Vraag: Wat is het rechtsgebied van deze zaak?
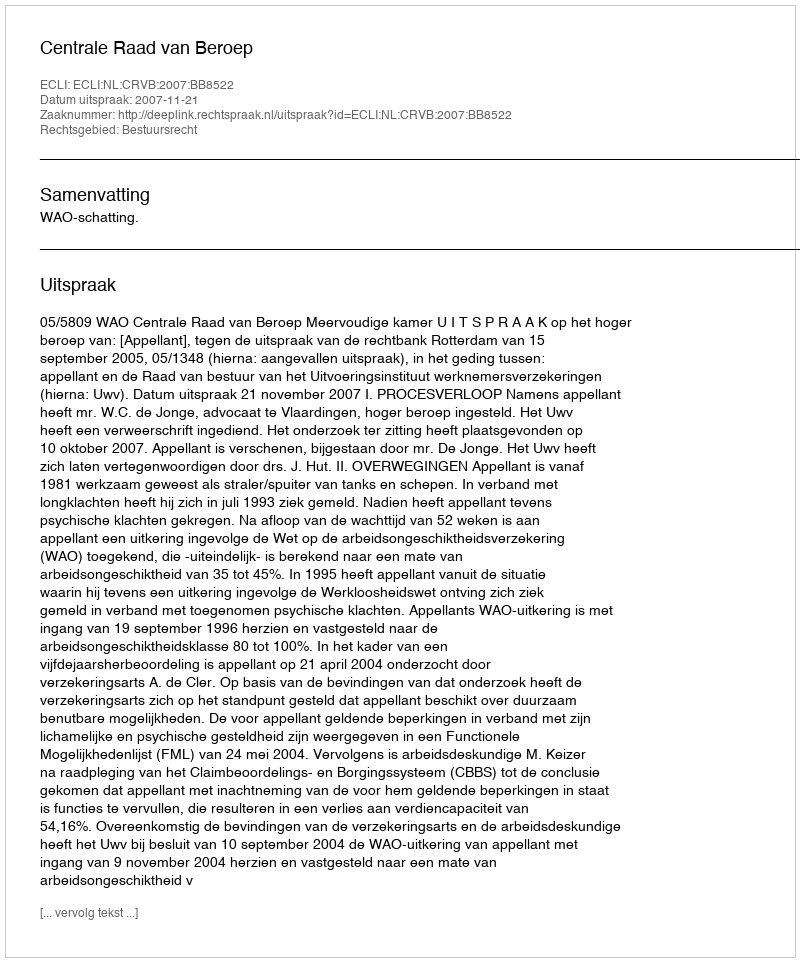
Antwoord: Bestuursrecht